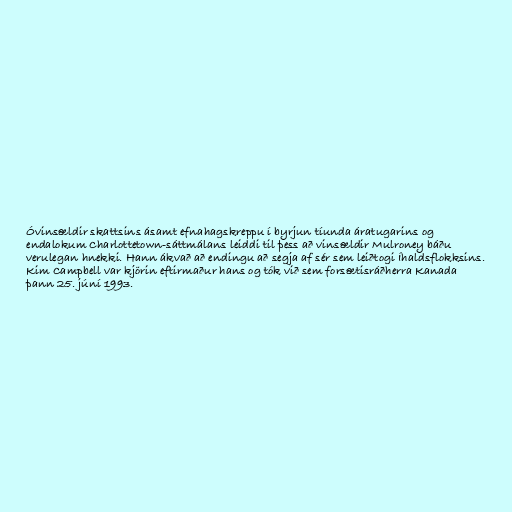
Óvinsældir skattsins ásamt efnahagskreppu í byrjun tíunda áratugarins og
endalokum Charlottetown-sáttmálans leiddi til þess að vinsældir Mulroney báðu
verulegan hnekki. Hann ákvað að endingu að segja af sér sem leiðtogi Íhaldsflokksins.
Kim Campbell var kjörin eftirmaður hans og tók við sem forsætisráðherra Kanada
þann 25. júní 1993.